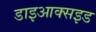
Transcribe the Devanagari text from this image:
डाइआक्सइड